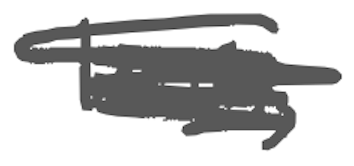
Text: limits
Cross-out: scratch
Writing tool: digital_gray